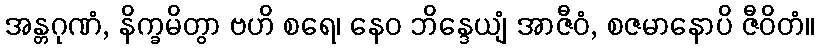
အန္တဂုဏံ, နိက္ခမိတွာ ဗဟိ စရေ၊ နေဝ ဘိန္ဒေယျံ အာဇီဝံ, စဇမာနောပိ ဇီဝိတံ။